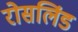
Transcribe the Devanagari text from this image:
रोसलिंड